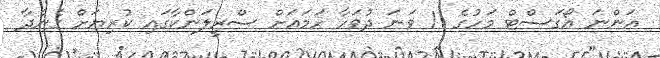
އަންނަ އޯގަސްޓް މަހުގެ 11 ވަނަ ދުވަހާ ހަމައަށް ސްރީލަންކާގައި ކުރިޔަށް ގެންދާ